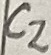
Text: C2